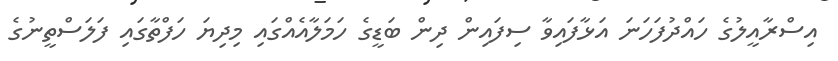
އިސްރާއީލުގެ ހައްދުފަހަނަ އަޅާފައިވާ ސިފައިން ދިން ބަޑީގެ ހަމަލާއެއްގައި މިދިޔަ ހަފްތާގައި ފަލަސްތީނުގެ